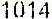
1014